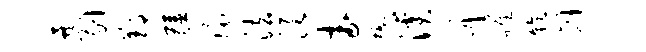
暴剔郢疆环法须武懋溪丹罹乾削